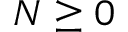
N \ge 0